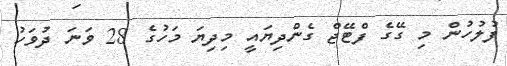
ފުލުހުން މި ގޭގެ ފްޓޭޖް ގެންދިޔައީ މިދިޔަ މަހުގެ 28 ވަނަ ދުވަހު